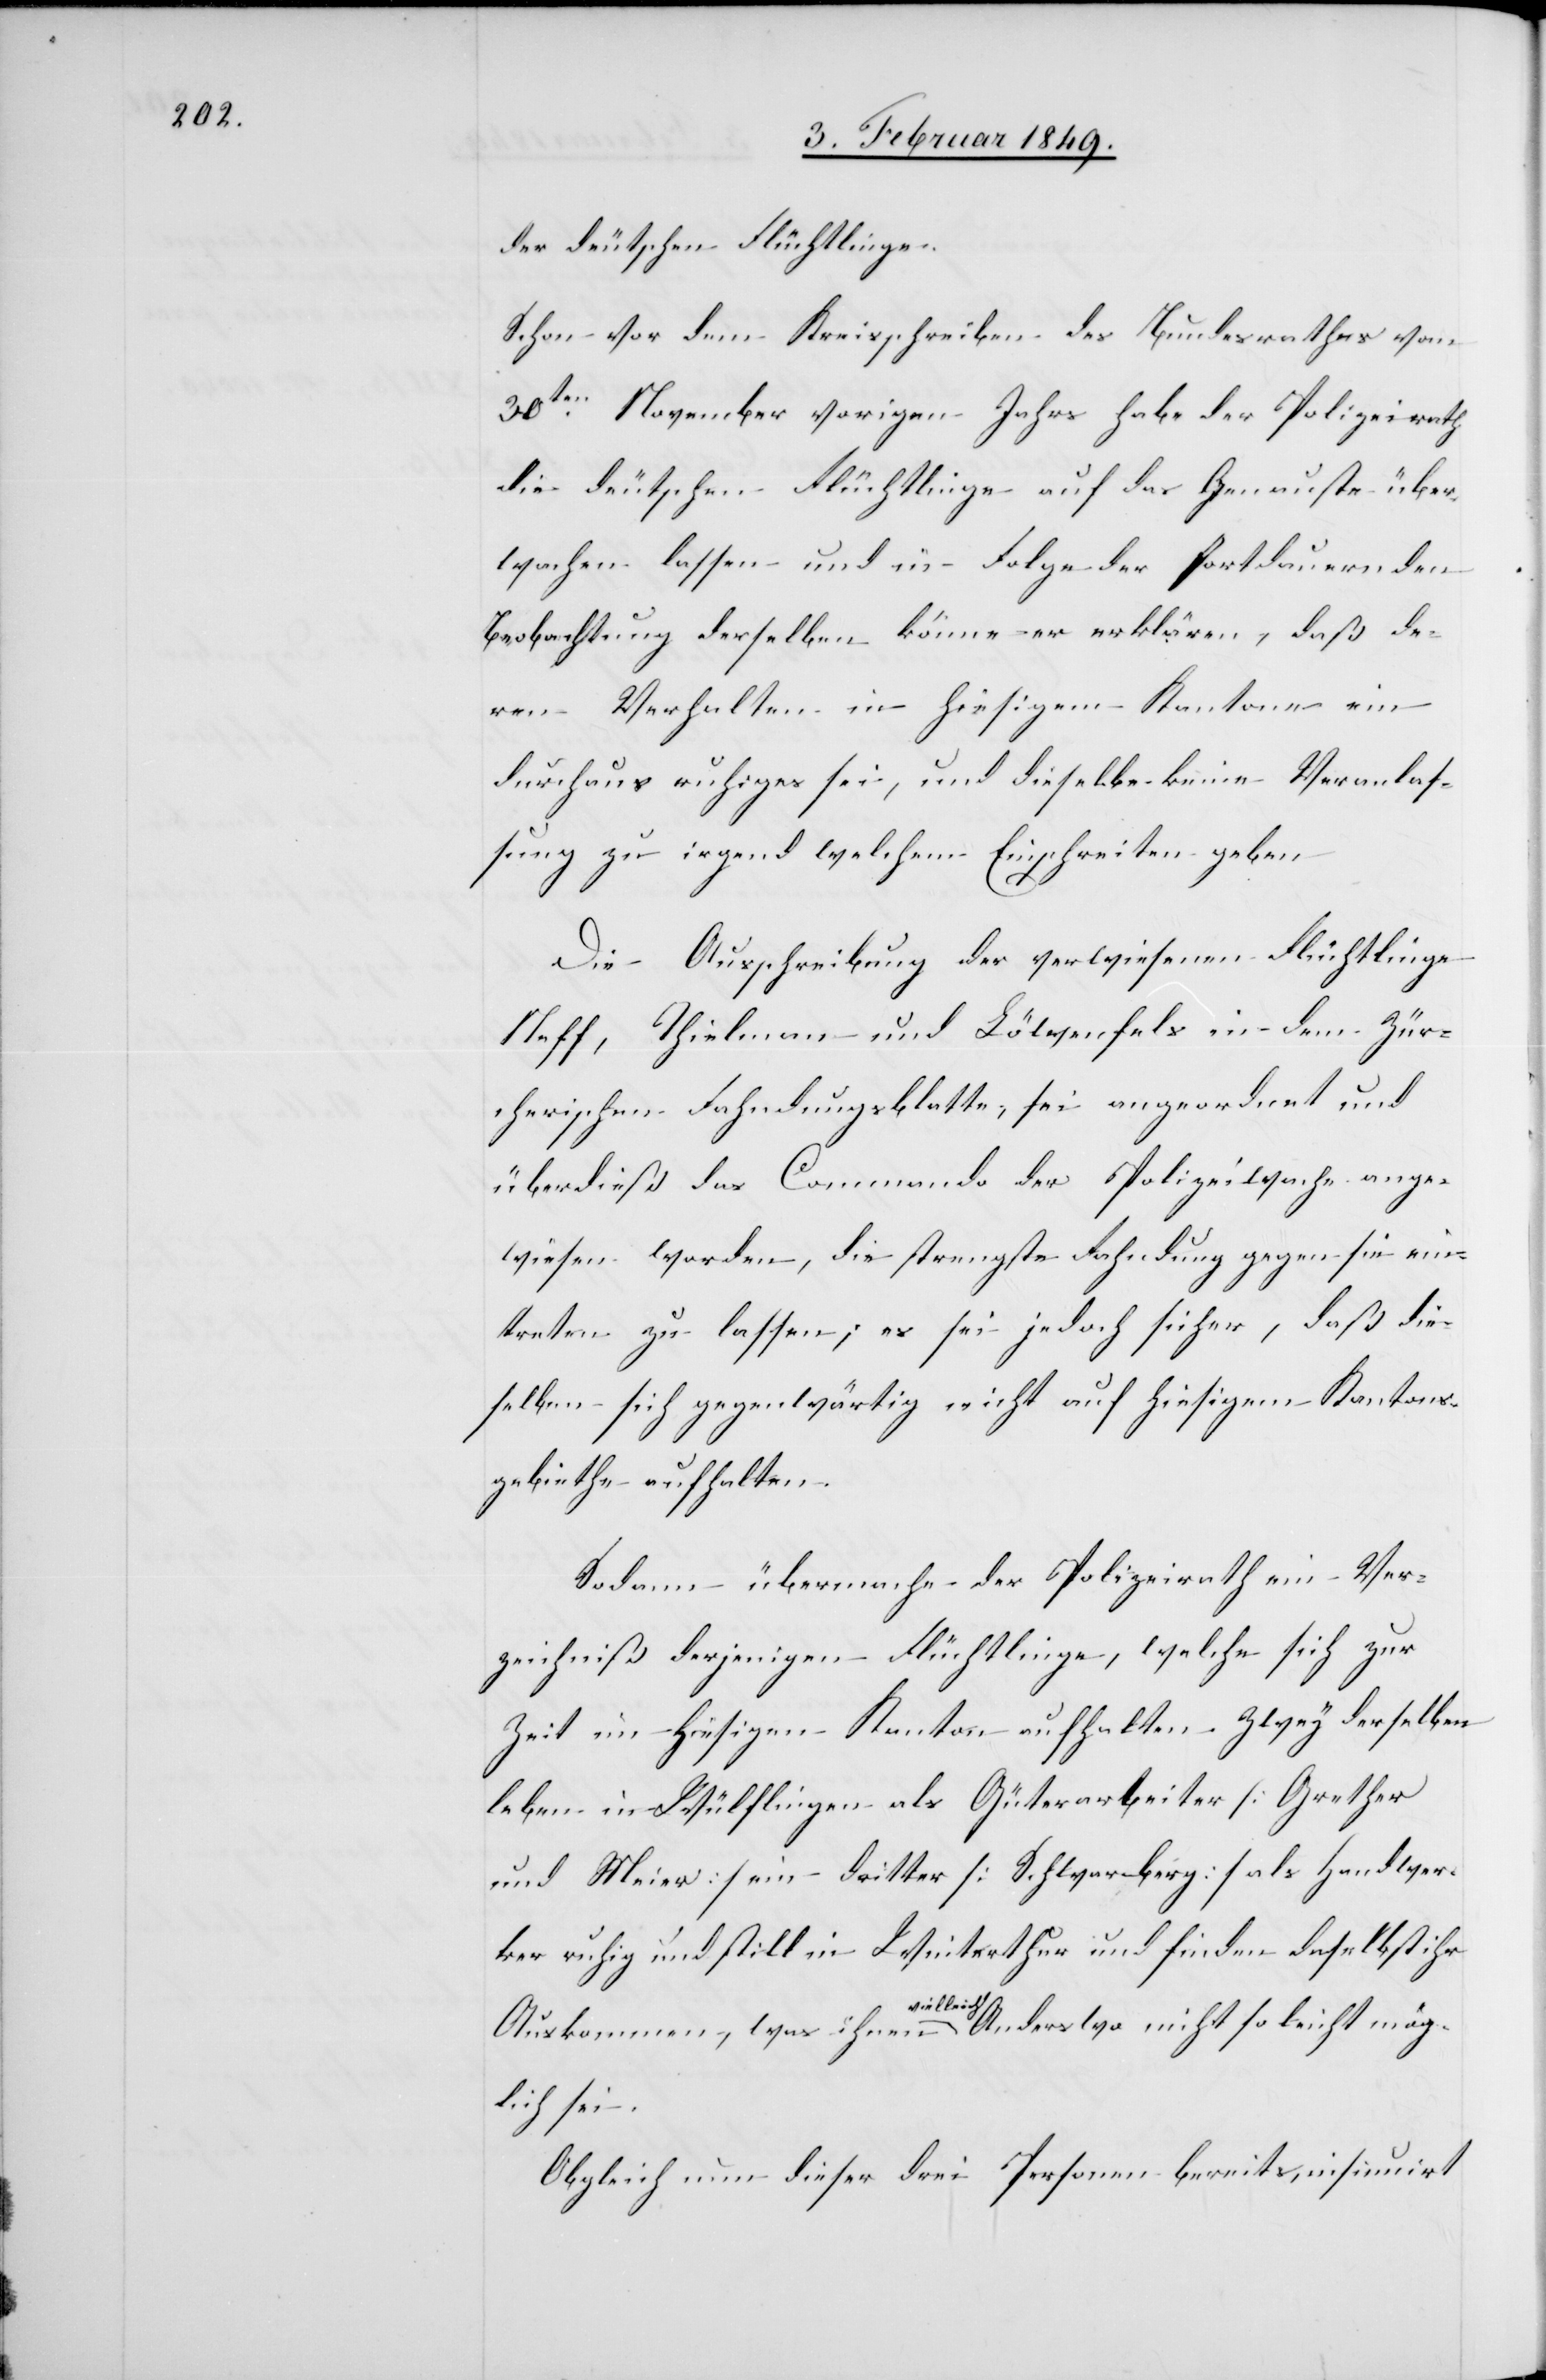
der deutschen Flüchtlinge.
Schon vor dem Kreisschreiben des Bundesrathes vom
30ten. November vorigen Jahrs habe der Polizeirath
die deutschen Flüchtlinge auf das Genauste über¬
wachen lassen und in Folge der fortdauernden
Beobachtung derselben könne er erklären, daß de¬
ren Verhalten in hiesigem Kantone ein
durchaus ruhiges sei, und dieselbe keine Veranlas¬
sung zu irgend welchem Einschreiten geben
Die Ausschreibung der verwiesenen Flüchtlinge
Neff, Thielman und Löwenfels in dem Zür¬
cherischen Fahndungsblatte, sei angeordnet und
überdieß das Commando der Polizeiwache ange¬
wiesen worden, die strengste Fahndung gegen sie ein¬
treten zu lassen; es sei jedoch sicher, daß die¬
selben sich gegenwärtig nicht auf hiesigem Kantons¬
gebiethe aufhalten.
Sodann übermache der Polizeirath ein Ver¬
zeichniß derjenigen Flüchtlinge, welche sich zur
Zeit im hiesigen Kanton aufhalten. Zwey derselben
leben in Wülflingen als Güterarbeiter [Grether
und Meier] ein dritter [Schwarberg] als Handwer¬
ker ruhig und still in Winterthur und finden daselbst ihr
Auskommen, was ihnen vielleicht Anderswo nicht so leicht mög¬
lich sei.
Obgleich nun dieser drei Personen bereits, insinuirt